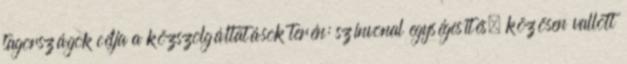
tagországok célja a közszolgáltatások terén: színvonal egységesítés, közösen vallott